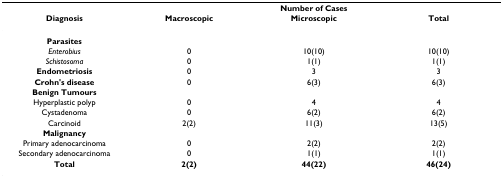
|  | <COLSPAN=3> Number of Cases |
 | Diagnosis | Macroscopic | Microscopic | Total |
 | --- | --- | --- | --- |
 | Parasites |  |  |  |
 | Enterobius | 0 | 10(10) | 10(10) |
 | Schistosoma | 0 | 1(1) | 1(1) |
 | Endometriosis | 0 | 3 | 3 |
 | Crohn's disease | 0 | 6(3) | 6(3) |
 | Benign Tumours |  |  |  |
 | Hyperplastic polyp | 0 | 4 | 4 |
 | Cystadenoma | 0 | 6(2) | 6(2) |
 | Carcinoid | 2(2) | 11(3) | 13(5) |
 | Malignancy |  |  |  |
 | Primary adenocarcinoma | 0 | 2(2) | 2(2) |
 | Secondary adenocarcinoma | 0 | 1(1) | 1(1) |
 | Total | 2(2) | 44(22) | 46(24) |